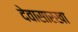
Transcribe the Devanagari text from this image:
देवासारखा